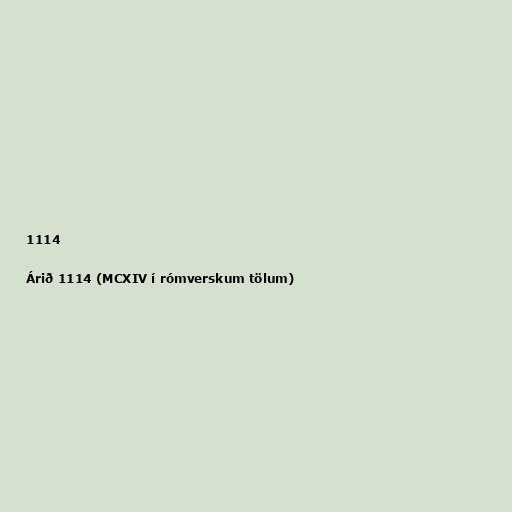
1114

Árið 1114 (MCXIV í rómverskum tölum)